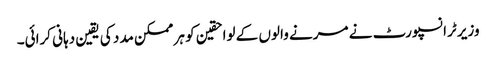
وزیر ٹرانسپورٹ نے مرنے والوں کے لواحقین کو ہر ممکن مدد کی یقین دہانی کرائی۔